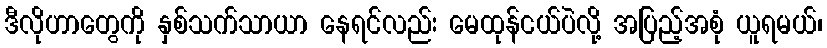
ဒီလိုဟာတွေကို နှစ်သက်သာယာ နေရင်လည်း မေထုန်ငယ်ပဲလို့ အပြည့်အစုံ ယူရမယ်၊